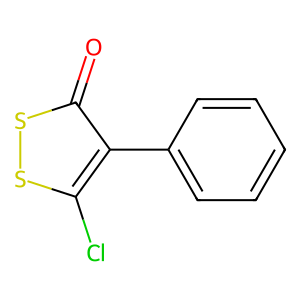
SMILES: O=c1ssc(Cl)c1-c1ccccc1
Inhibits HIV replication: No